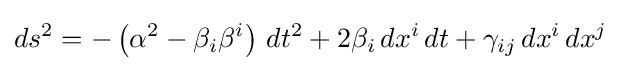
ds^{2}=-\left(\alpha ^{2}-\beta _{i}\beta ^{i}\right)\,dt^{2}+2\beta _{i}\,dx^{i}\,dt+\gamma _{ij}\,dx^{i}\,dx^{j}